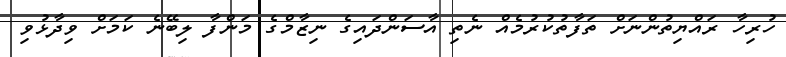
ހުރިހާ ރައްޔިތުންނަށް ތަފާތުކުރުމެއް ނެތި އާސަންދައިގެ ނިޒާމްގެ މަންފާ ލިބޭނެ ކަމަށް ވިދާޅުވި